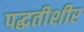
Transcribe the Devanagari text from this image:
पद्धतीशीर